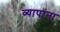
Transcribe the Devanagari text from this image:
व्यापांना